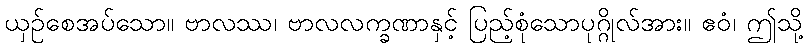
ယှဉ်စေအပ်သော။ ဗာလဿ၊ ဗာလလက္ခဏာနှင့် ပြည့်စုံသောပုဂ္ဂိုလ်အား။ ဧဝံ၊ ဤသို့